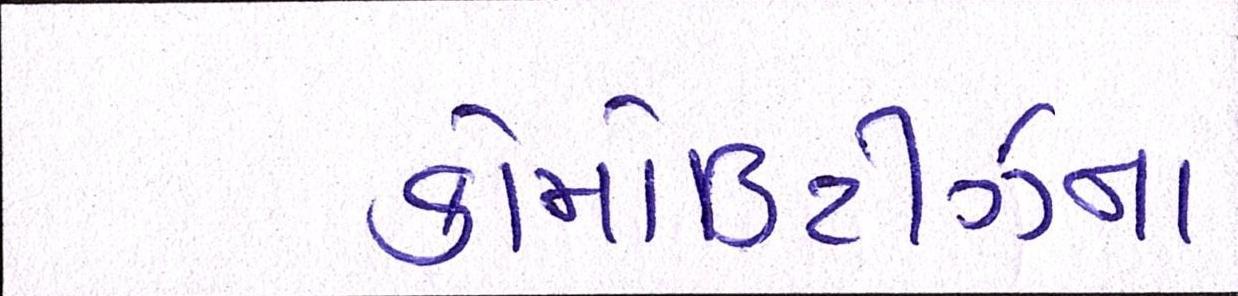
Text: કોમોડિટીઝના